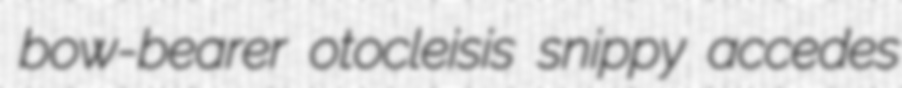
bow-bearer otocleisis snippy accedes